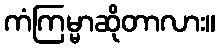
ကံကြမ္မာဆိုတာလား။